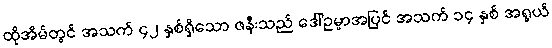
ထိုအိမ်တွင် အသက် ၄၂ နှစ်ရှိသော ဇနီးသည် ဒေါ်ဥမ္မာအပြင် အသက် ၁၄ နှစ် အရွယ်